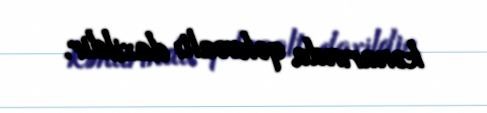
kənarında qəhvəaltı daxildir.